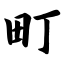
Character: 町